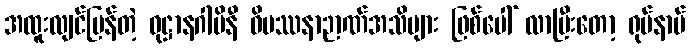
အထူးလျင်မြန်တဲ့ ဝုဋ္ဌာနဂါမိနီ ဝိပဿနာဉာဏ်အသိများ ဖြစ်ပေါ် လာပြီးတော့ ရုပ်နာမ်